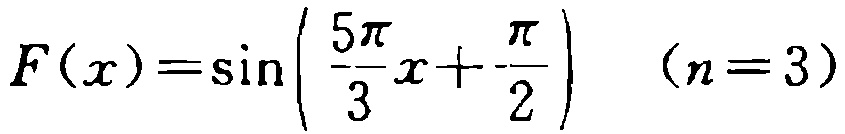
\(F(x)=\sin\left(\frac{5\pi}{3}x+\frac{\pi}{2}\right)\quad (n = 3)\)